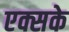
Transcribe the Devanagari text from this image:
एक्सके